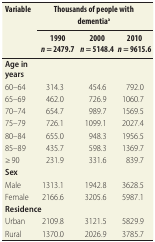
<table><thead><tr><td rowspan="2"><b>Variable</b></td><td colspan="3"><b>Thousands of people with dementia<sup>a</sup></b></td></tr><tr><td><b>1990 <i>n</i> = 2479.7</b></td><td><b>2000 <i>n</i> = 5148.4</b></td><td><b>2010<i> n</i> = 9615.6</b></td></tr></thead><tbody><tr><td><b>Age in years</b></td><td></td><td></td><td></td></tr><tr><td>60–64</td><td>314.3</td><td>454.6</td><td>792.0</td></tr><tr><td>65–69</td><td>462.0</td><td>726.9</td><td>1060.7</td></tr><tr><td>70–74</td><td>654.7</td><td>989.7</td><td>1569.5</td></tr><tr><td>75–79</td><td>726.1</td><td>1099.1</td><td>2027.4</td></tr><tr><td>80–84</td><td>655.0</td><td>948.3</td><td>1956.5</td></tr><tr><td>85–89</td><td>435.7</td><td>598.3</td><td>1369.7</td></tr><tr><td>≥ 90</td><td>231.9</td><td>331.6</td><td>839.7</td></tr><tr><td><b>Sex</b></td><td></td><td></td><td></td></tr><tr><td>Male</td><td>1313.1</td><td>1942.8</td><td>3628.5</td></tr><tr><td>Female</td><td>2166.6</td><td>3205.6</td><td>5987.1</td></tr><tr><td><b>Residence</b></td><td></td><td></td><td></td></tr><tr><td>Urban</td><td>2109.8</td><td>3121.5</td><td>5829.9</td></tr><tr><td>Rural</td><td>1370.0</td><td>2026.9</td><td>3785.7</td></tr></tbody></table>